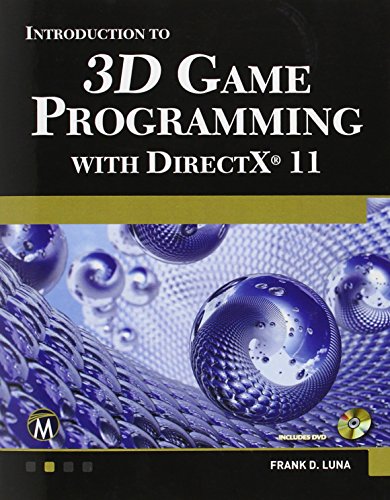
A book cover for Introduction to 3D Game Programming with DirectX 11; Frank Luna; Engineering & Transportation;